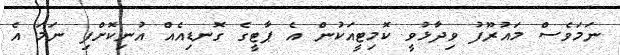
ނަމަވެސް މައުރޫފު ވިދާޅުވީ ކޮމިޓީއަކުން އެ ޕާޓީގެ ގޮނޑިއެއް އުނިކޮށްފި ނަމަ އެ